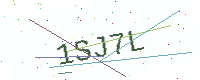
Text: 1SJ7L